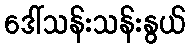
ဒေါ်သန်းသန်းနွယ်